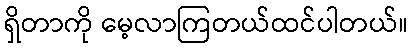
ရှိတာကို မေ့လာကြတယ်ထင်ပါတယ်။